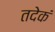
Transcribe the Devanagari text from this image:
तदेकं